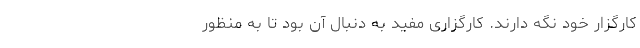
کارگزار خود نگه دارند. کارگزاری مفید به دنبال آن بود تا به منظور